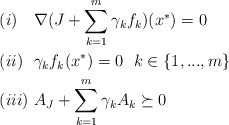
\begin{align*} &(i)\ \ \ \nabla(J+\sum\limits_{k=1}^m\gamma_k f_k)(x^*)=0\\ &(ii)\ \ \gamma_kf_k(x^*)=0\ \ k\in\{1,...,m\}\\ &(iii)\ A_J+\sum\limits_{k=1}^m\gamma_kA_k\succeq0 \end{align*}